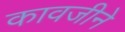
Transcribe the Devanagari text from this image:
कावजीने